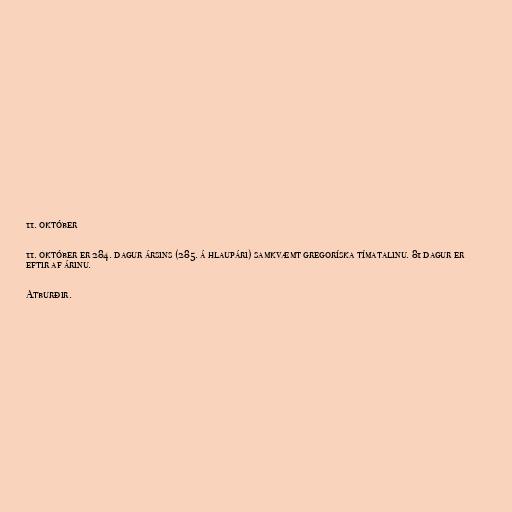
11. október

11. október er 284. dagur ársins (285. á hlaupári) samkvæmt gregoríska tímatalinu. 81 dagur er
eftir af árinu.

Atburðir.